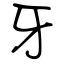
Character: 牙